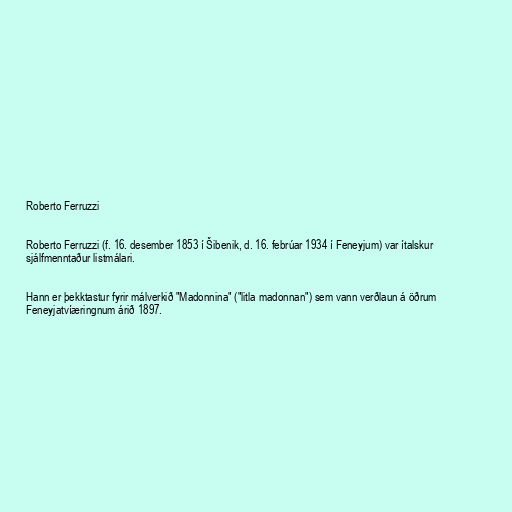
Roberto Ferruzzi

Roberto Ferruzzi (f. 16. desember 1853 í Šibenik, d. 16. febrúar 1934 í Feneyjum) var ítalskur
sjálfmenntaður listmálari.

Hann er þekktastur fyrir málverkið "Madonnina" ("litla madonnan") sem vann verðlaun á öðrum
Feneyjatvíæringnum árið 1897.